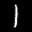
Label: 1